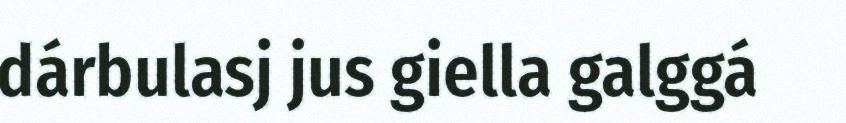
dárbulasj jus giella galggá